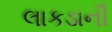
લાકડાની